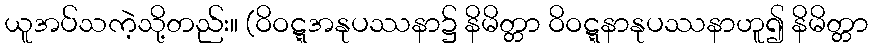
ယူအပ်သကဲ့သို့တည်း။ (ဝိဝဋ္ဋအနုပဿနာ၌ နိမိတ္တာ ဝိဝဋ္ဋနာနုပဿနာဟူ၍ နိမိတ္တာ